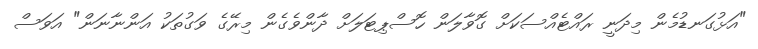
"އަޅުގަނޑުމެން މިދަނީ ރައްޓެއްސަކަށް ގޮވާލަން ހޮސްޕިޓަލަށް ދާންވެގެން މިރޭގެ ވަގުތަކު އަންނާނަން" އަވަސް